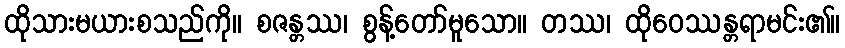
ထိုသားမယားစသည်ကို။ စဇန္တဿ၊ စွန့်တော်မူသော။ တဿ၊ ထိုဝေဿန္တရာမင်း၏။